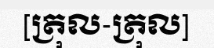
[ត្រុល-ត្រុល]